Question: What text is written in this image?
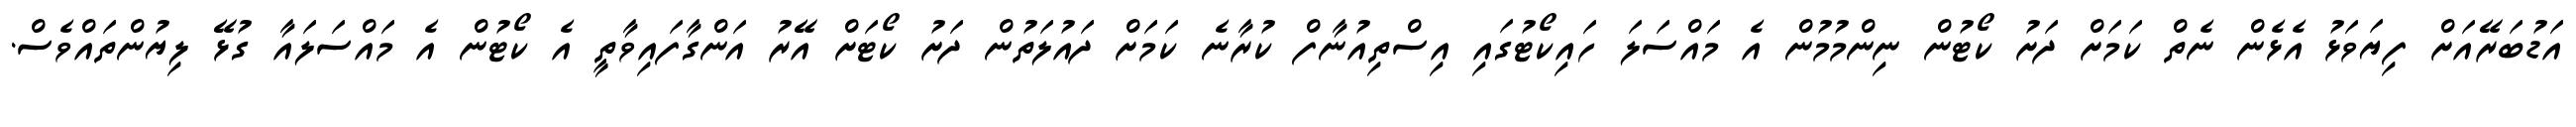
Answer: އަޑުބަރޭއަށް ފިޔަވަޅު އެޅެން ނެތް ކަމަށް ދަށު ކޯޓުން ނިންމުމުން އެ މައްސަލަ ހައިކޯޓުގައި އިސްތިއުނާފް ކުރާނެ ކަމަށް ދައުލަތުން ދަށު ކޯޓަށް އޭރު އަންގާފައިވާތީ އެ ކޯޓުން އެ މައްސަލައާ ގުޅޭ ލިޔުންތައްވެސް.